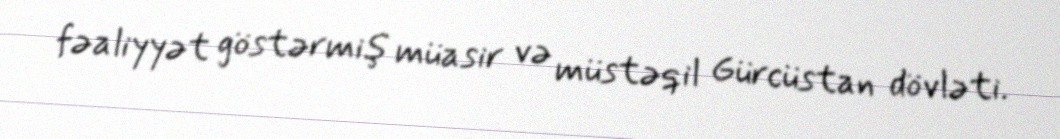
fəaliyyət göstərmiş müasir və müstəqil Gürcüstan dövləti.